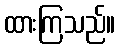
ထားကြသည်။